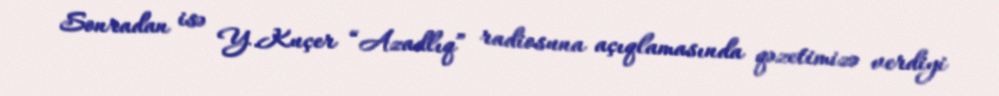
Sonradan isə Y.Kuçer “Azadlıq” radiosuna açıqlamasında qəzetimizə verdiyi